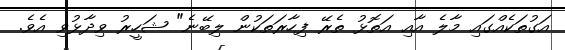
އަގުތަކެއްގައި މާލެ އާއި އަތޮޅު ތެރޭ ފިހާރަތަކުން ލިބޭނެ" ޝަހީރު ވިދާޅުވި އެވެ.